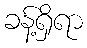
ခန့်ရှိရာ